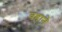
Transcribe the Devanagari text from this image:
वहाने